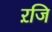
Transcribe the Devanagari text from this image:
ऱजि